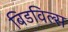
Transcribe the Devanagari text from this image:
बिडविल्स